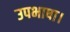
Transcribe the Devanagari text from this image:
उपभाषा।